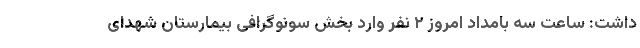
داشت: ساعت سه بامداد امروز ۲ نفر وارد بخش سونوگرافی بیمارستان شهدای